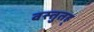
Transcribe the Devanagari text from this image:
वस्तुतह्